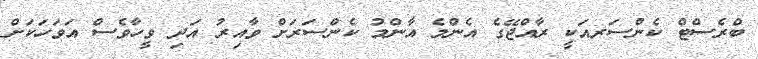
ބްރެސްޓް ކެންސަރއަކީ ރާއްޖޭގެ އެންމެ އާންމު ކެންސަރަށް ވާއިރު އަދި ވީހާވެސް އަވަހަކަށް